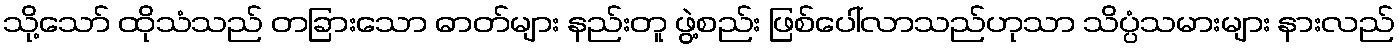
သို့သော် ထိုသံသည် တခြားသော ဓာတ်များ နည်းတူ ဖွဲ့စည်း ဖြစ်ပေါ်လာသည်ဟုသာ သိပ္ပံသမားများ နားလည်